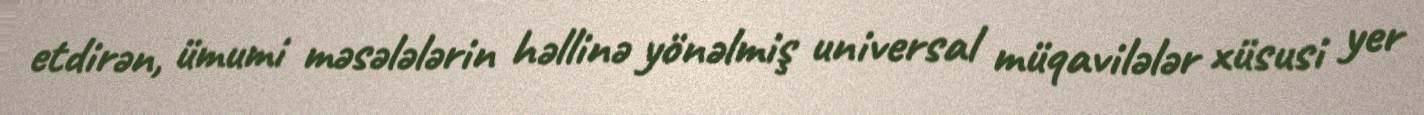
etdirən, ümumi məsələlərin həllinə yönəlmiş universal müqavilələr xüsusi yer